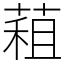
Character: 蒩